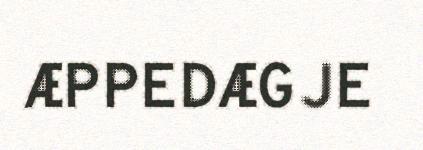
ÆPPEDÆGJE